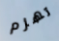
تهزم